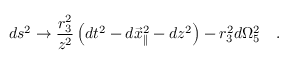
d s ^ { 2 } \rightarrow { \frac { r _ { 3 } ^ { 2 } } { z ^ { 2 } } } \left( d t ^ { 2 } - d { \vec { x } } _ { \parallel } ^ { 2 } - d z ^ { 2 } \right) - r _ { 3 } ^ { 2 } d \Omega _ { 5 } ^ { 2 } \quad .